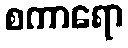
စကာရော